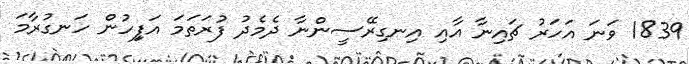
1839 ވަނަ އަހަރު ޗައިިނާ އާއި އިނގިރޭސީންނާ ދެމެދު ފުރަތަމަ އަފިިހުން ހަނގުރާމަ